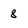
Character: 8